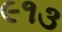
૯૧૩